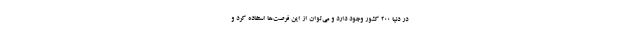
در دنیا 200 کشور وجود دارد و می‌توان از این فرصت‌ها استفاده کرد و